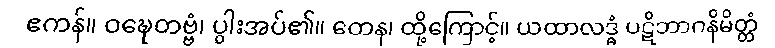
ဧကန်။ ဝဍ္ဎေတဗ္ဗံ၊ ပွါးအပ်၏။ တေန၊ ထို့ကြောင့်။ ယထာလဒ္ဓံ ပဋိဘာဂနိမိတ္တံ